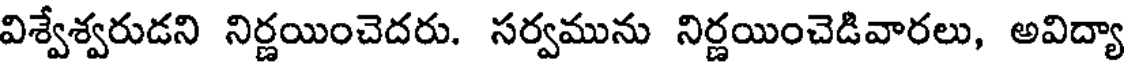
విశ్వేశ్వరుడని నిర్ణయించెదరు. సర్వమును నిర్ణయించెడివారలు, అవిద్యా